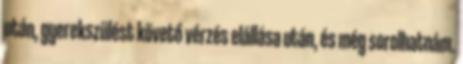
után, gyerekszülést követő vérzés elállása után, és még sorolhatnám.